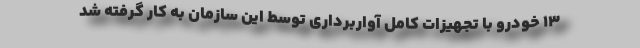
۱۳ خودرو با تجهیزات کامل آواربرداری توسط این سازمان به کار گرفته شد